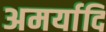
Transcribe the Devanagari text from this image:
अमर्यादि